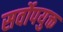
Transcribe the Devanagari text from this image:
सर्वोपयुक्त